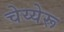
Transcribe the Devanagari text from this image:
चेय्येरू